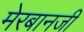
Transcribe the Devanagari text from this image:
मेरबानजी